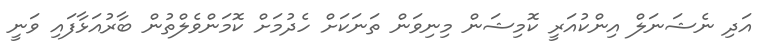
އަދި ނެޝަނަލް އިންކުއަރީ ކޮމިޝަން މިނިވަން ތަނަކަށް ހެދުމަށް ކޮމަންވެލްތުން ބާރުއަޅާފައި ވަނީ